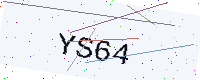
Text: YS64